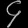
Digit: ၄